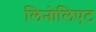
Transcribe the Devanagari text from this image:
लिनोलिएट